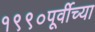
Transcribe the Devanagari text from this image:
१९९०पूर्वीच्या